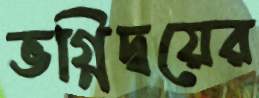
ভগ্নিদ্বয়ের